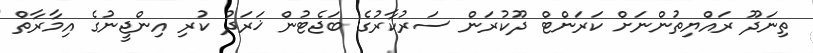
ތިނަދޫ ރައްޔިތުންނަށް ކަރަންޓް ދޫކުރަން ސަރުކާރުގެ ބަޖެޓުން ޚަރަދު ކުރި އިންޖީނުގެ އިމާރާތް